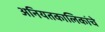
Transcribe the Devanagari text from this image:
अनियतकालिकांचे